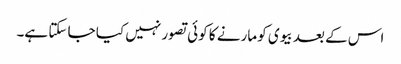
اس کے بعد بیوی کو مارنے کا کوئی تصور نہیں کیا جا سکتا ہے۔